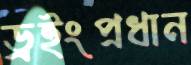
ড্রইংপ্রধান